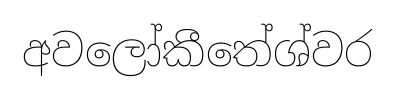
අවලෝකීතේශ්වර